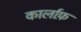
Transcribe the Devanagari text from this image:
कार्लाफ़